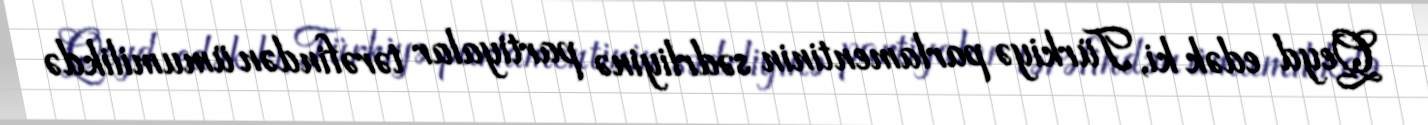
Qeyd edək ki, Türkiyə parlamentinin sədrliyinə partiyalar tərəfindən ümumilikdə